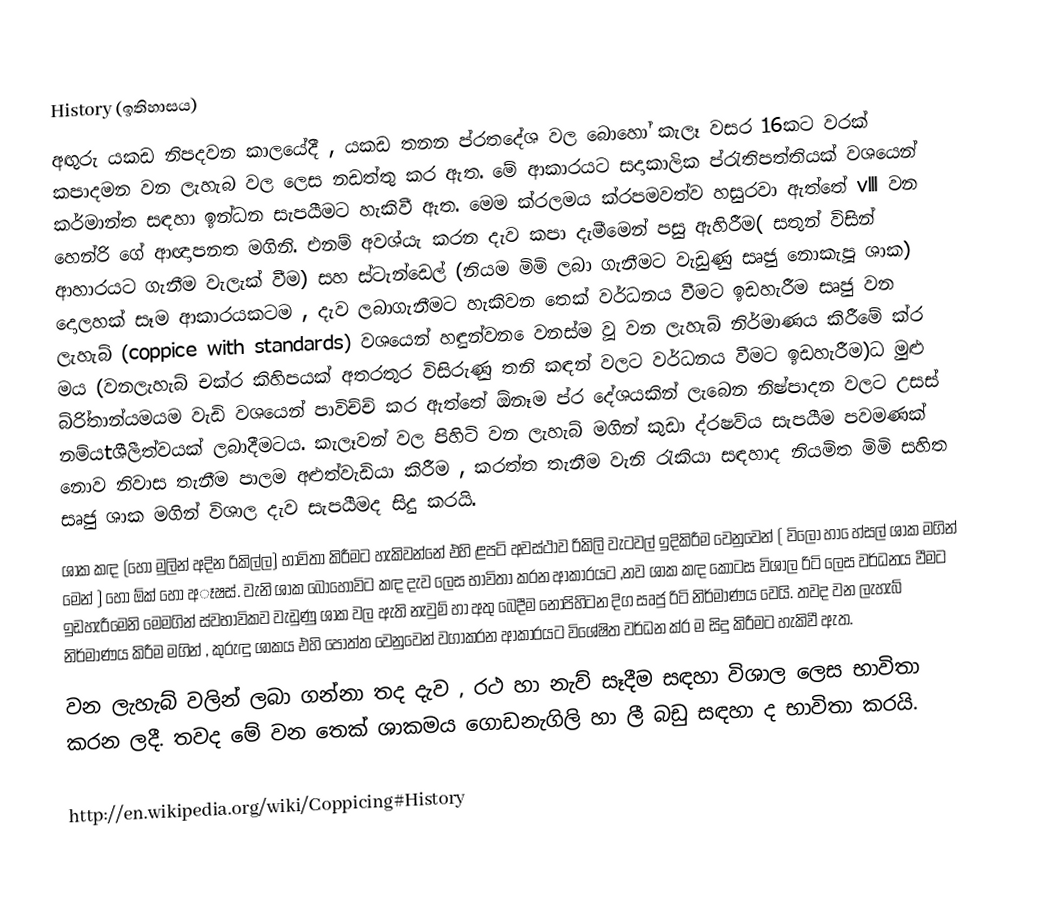
History (ඉතිහාසය)
අඟුරු යකඩ නිපදවන කාලයේදී , යකඩ තනන ප්රතදේශ වල බොහෝ කැලෑ වසර 16කට වරක් කපාදමන වන ලැහැබ වල ලෙස නඩත්තු කර ඇත. මේ ආකාරයට සදාකාලික ප්රැතිපත්තියක් වශයෙන් කර්මාන්ත සඳහා ඉන්ධන සැපයීමට හැකිවී ඇත. මෙම ක්රලමය ක්රපමවත්ව හසුරවා ඇත්තේ vlll වන හෙන්රි ගේ ආඥාපනත මගිනි. එනම් අවශ්යැ කරන දැව කපා දැමීමෙන් පසු ඇහිරීම( සතුන් විසින් ආහාරයට ගැනීම වැලැක් වීම) සහ ස්ටැන්ඩෙල් (නියම මිමි ලබා ගැනීමට වැඩුණු සෘජු නොකැපූ  ශාක) දොලහක් සෑම ආකාරයකටම , දැව ලබාගැනීමට හැකිවන තෙක් වර්ධනය වීමට ඉඩහැරීම සෘජු වන ලැහැබ් (coppice with standards) වශයෙන් හඳුන්වන ‍ෙවනස්ම වූ වන ලැහැබ් නිර්මාණය කිරීමේ ක්ර මය (වනලැහැබ් චක්ර  කිහිපයක් අතරතුර විසිරුණු තනි කඳන් වලට වර්ධනය වීමට ඉඩහැරීම)ධ මුළු බ්රි්තාන්යමයම වැඩි වශයෙන් පාවිච්ච් කර ඇත්තේ ඕනෑම ප්ර දේශයකින් ලැබෙන නිෂ්පාදන වලට උසස් නම්යtශීලීත්වයක් ලබාදීමටය. කැලෑවන් වල පිහිටි වන ලැහැබ් මගින් කුඩා ද්රෂව්ය  සැපයීම පවමණක් නොව නිවාස තැනීම පාලම අළුත්වැඩියා කිරීම , කරත්ත තැනීම වැනි රැකියා සඳහාද නියමිත මිමි සහිත සෘජු ශාක මගින් විශාල දැව සැපයීමද සිදු කරයි.
ශාක කඳ (හෝ මුලින් අදින රිකිල්ල) භාවිතා කිරීමට හැකිවන්නේ එහි ළපටි අවස්ථාව රිකිලි වැටවල් ඉදිකිරීම වෙනුවෙන් ( විලෝ හා ෙහ්සල් ශාක මගින් මෙන් ) හෝ ඕක් හෝ අෑෂස්.  වැනි ශාක බොහෝවිට කඳ දැව ලෙස භාවිතා කරන ආකාරයට ,නව ශාක කඳ කොටස විශාල රිටි ලෙස වර්ධනය වීමට ඉඩහැරීමෙනි මෙමගින් ස්වභාවිකව වැඩුණු ශාක වල ඇති නැවුම් හා අතු බෙදීම නොපිහිටන දිග සෘජු රිටි නිර්මාණය වෙයි. තවද වන ලැහැබ් නිර්මාණය කිරීම මගින් , කුරුඳු ශාකය එහි පොත්ත වෙනුවෙන් වගාකරන ආකාරයට විශේෂිත වර්ධන ක්ර ම සිදු කිරීමට හැකිවී ඇත.
වන ලැහැබ් වලින් ලබා ගන්නා තද දැව , රථ හා නැව් සෑදීම සඳහා විශාල ලෙස භාවිතා කරන ලදී. තවද මේ වන තෙක් ශාකමය ගොඩනැගිලි හා ලී බඩු සඳහා ද භාවිතා කරයි.

http://en.wikipedia.org/wiki/Coppicing#History